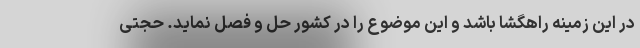
در این زمینه راهگشا باشد و این موضوع را در کشور حل و فصل نماید. حجتی